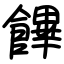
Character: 饆